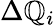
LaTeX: \Delta\mathbb{Q}_{i}